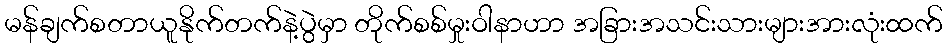
မန်ချက်စတာယူနိုက်တက်နဲ့ပွဲမှာ တိုက်စစ်မှုးဝါနာဟာ အခြားအသင်းသားများအားလုံးထက်